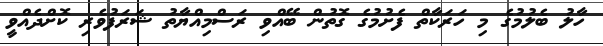
ހާލު ބެލުމުގެ މި ހަރަކާތް ފެށުމުގެ ގޮތުން ބޭއްވި ރަސްމިއްޔާތު ޝަރަފުވެރި ކޮށްދެއްވީ